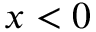
x < 0